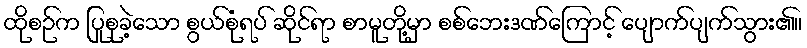
ထိုစဉ်က ပြုစုခဲ့သော စွယ်စုံရပ် ဆိုင်ရာ စာမူတို့မှာ စစ်ဘေးဒဏ်ကြောင့် ပျောက်ပျက်သွား၏။